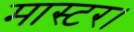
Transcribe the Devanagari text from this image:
मास्‍टर।